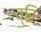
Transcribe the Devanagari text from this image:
व्रि